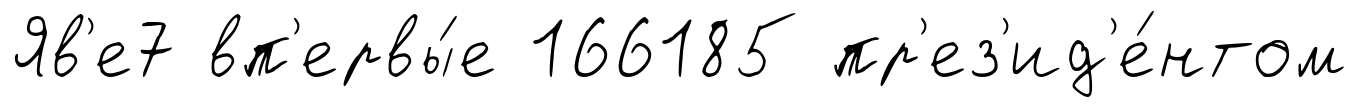
Яв'е7 вп'ервы́е 166185 пр'ез'ид'е́нтом